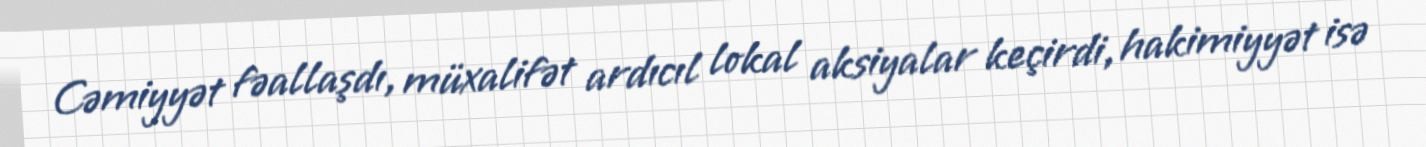
Cəmiyyət fəallaşdı, müxalifət ardıcıl lokal aksiyalar keçirdi, hakimiyyət isə